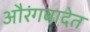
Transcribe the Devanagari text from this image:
औरंगबादेत